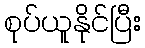
စုပ်ယူနိုင်ပြီး